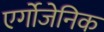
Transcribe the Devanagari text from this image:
एर्गोजेनिक